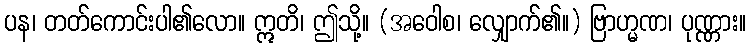
ပန၊ တတ်ကောင်းပါ၏လော။ ဣတိ၊ ဤသို့။ (အဝေါစ၊ လျှောက်၏။) ဗြာဟ္မဏ၊ ပုဏ္ဏား။